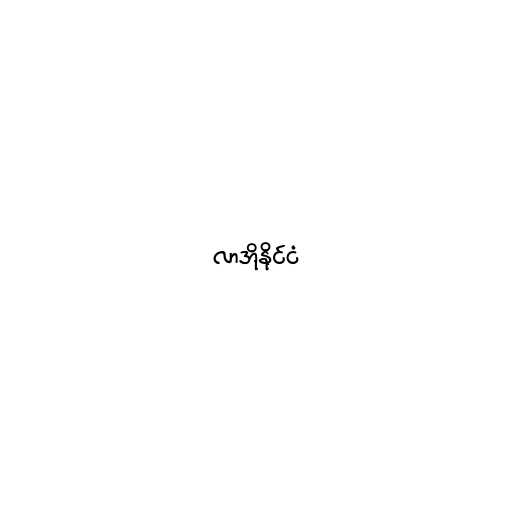
လာအိုနိုင်ငံ